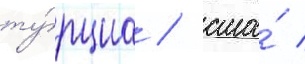
ту́рциа / сша́ /